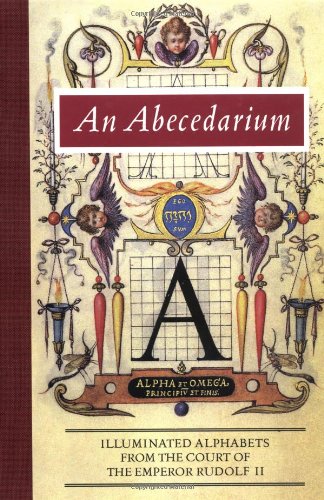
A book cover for An Abecedarium: Illuminated Alphabets from the Court of Emperor Rudolf II (Getty Trust Publications: J. Paul Getty Museum); Lee Hendrix; Arts & Photography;